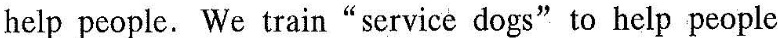
help people. We train “ service dogs” to help peoplc